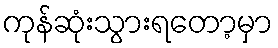
ကုန်ဆုံးသွားရတော့မှာ